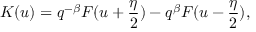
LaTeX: K ( u ) = q ^ { - \beta } F ( u + \frac { \eta } { 2 } ) - q ^ { \beta } F ( u - \frac { \eta } { 2 } ) ,